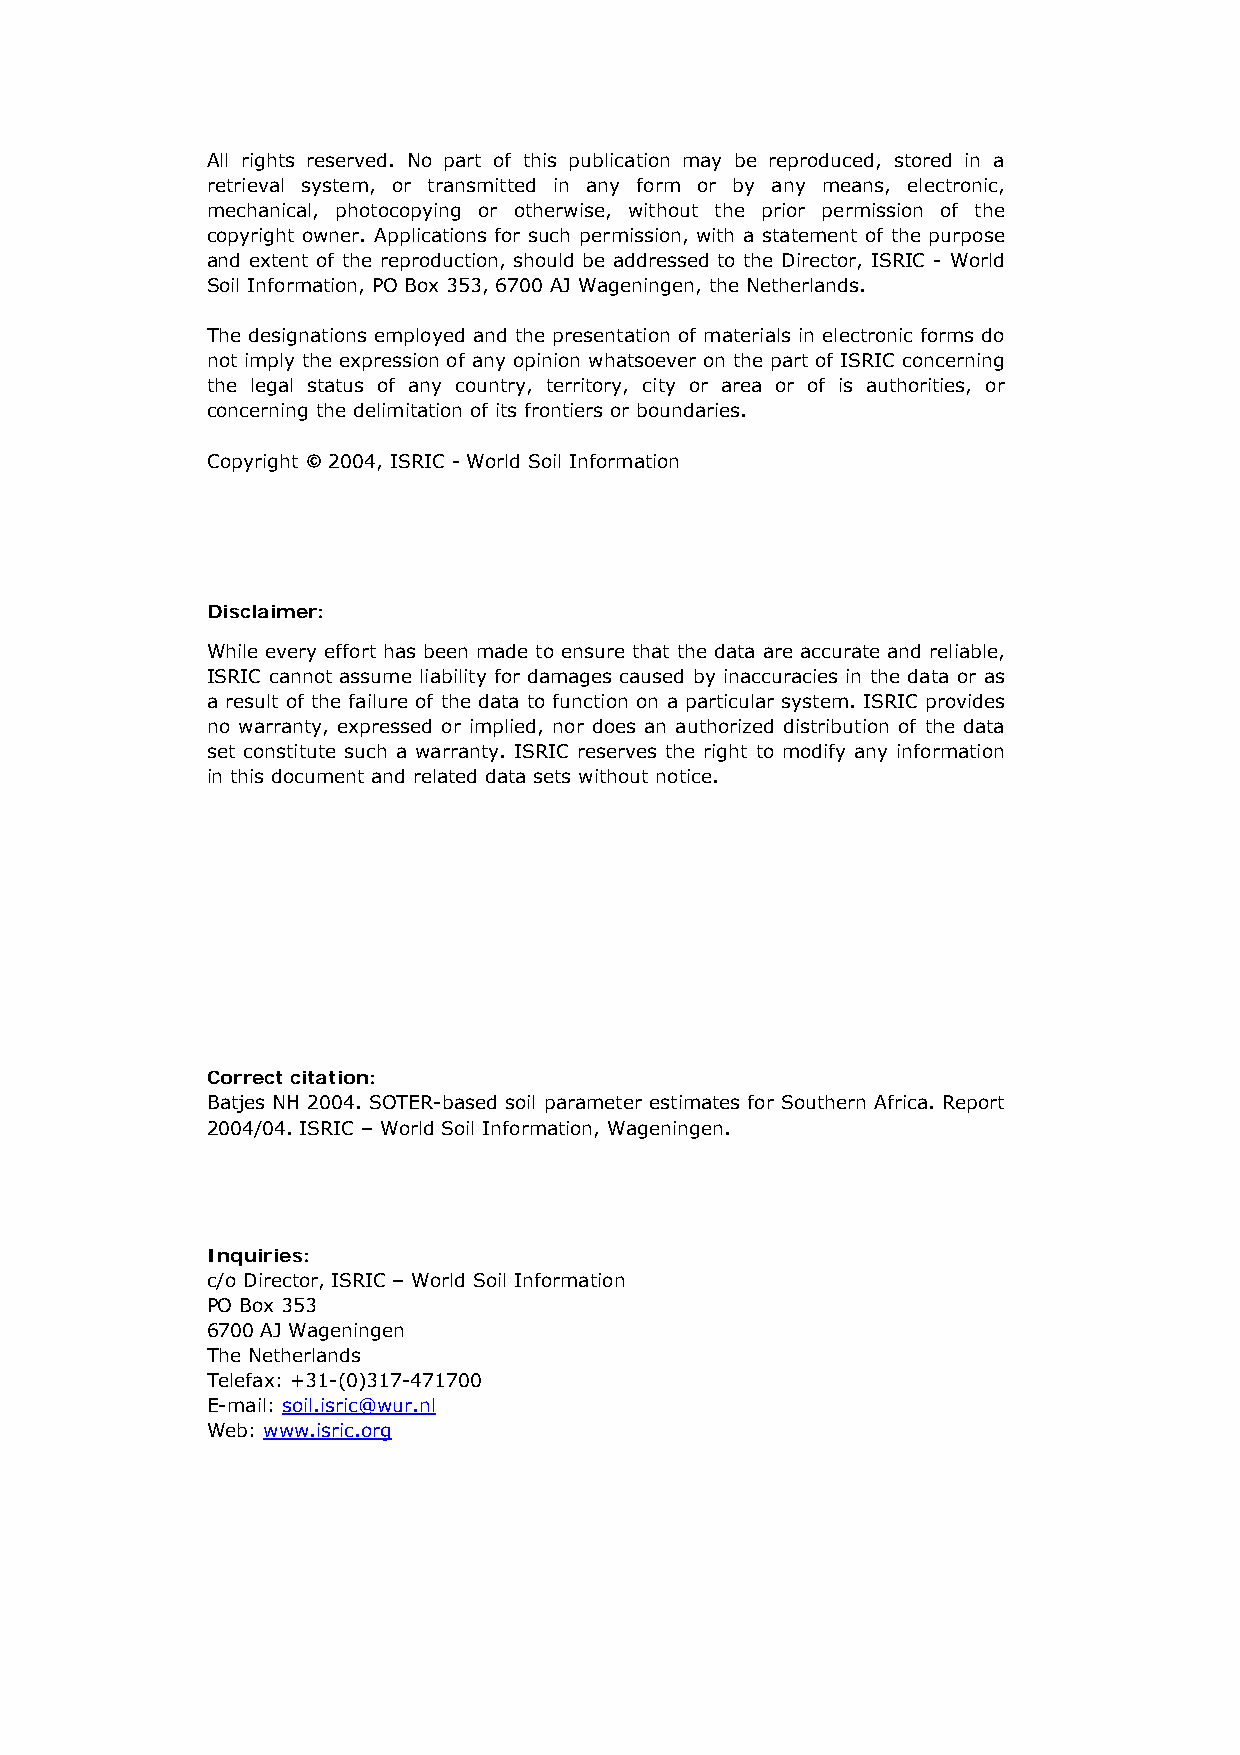
All rights reserved. No part of this publication may be reproduced, stored in a
 retrieval system, or transmitted in any form or by any means, electronic,
 mechanical, photocopying or otherwise, without the prior permission of the
 copyright owner. Applications for such permission, with a statement of the purpose
 and extent of the reproduction, should be addressed to the Director, ISRIC - World
 Soil Information, PO Box 353, 6700 AJ Wageningen, the Netherlands.
 The designations employed and the presentation of materials in electronic forms do
 not imply the expression of any opinion whatsoever on the part of ISRIC concerning
 the legal status of any country, territory, city or area or of is authorities, or
 concerning the delimitation of its frontiers or boundaries.
 Copyright © 2004, ISRIC - World Soil Information
 Disclaimer:
 While every effort has been made to ensure that the data are accurate and reliable,
 ISRIC cannot assume liability for damages caused by inaccuracies in the data or as
 a result of the failure of the data to function on a particular system. ISRIC provides
 no warranty, expressed or implied, nor does an authorized distribution of the data
 set constitute such a warranty. ISRIC reserves the right to modify any information
 in this document and related data sets without notice.
 Correct citation:
 Batjes NH 2004. SOTER-based soil parameter estimates for Southern Africa. Report
 2004/04. ISRIC – World Soil Information, Wageningen.
 Inquiries:
 c/o Director, ISRIC – World Soil Information
 PO Box 353
 6700 AJ Wageningen
 The Netherlands
 Telefax: +31-(0)317-471700
 E-mail: soil.isric@wur.nl
 Web: www.isric.org